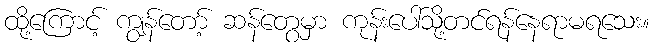
ထို့ကြောင့် ကျွန်တော့် ဆန်တွေမှာ ကုန်းပေါ်သို့တင်ရန်နေရာမရသေး။